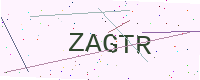
Text: ZAGTR